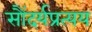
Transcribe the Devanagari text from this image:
सौंदर्यप्रत्यय